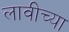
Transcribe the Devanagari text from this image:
लावीच्या